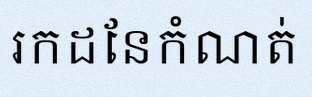
រកដែនកំណត់